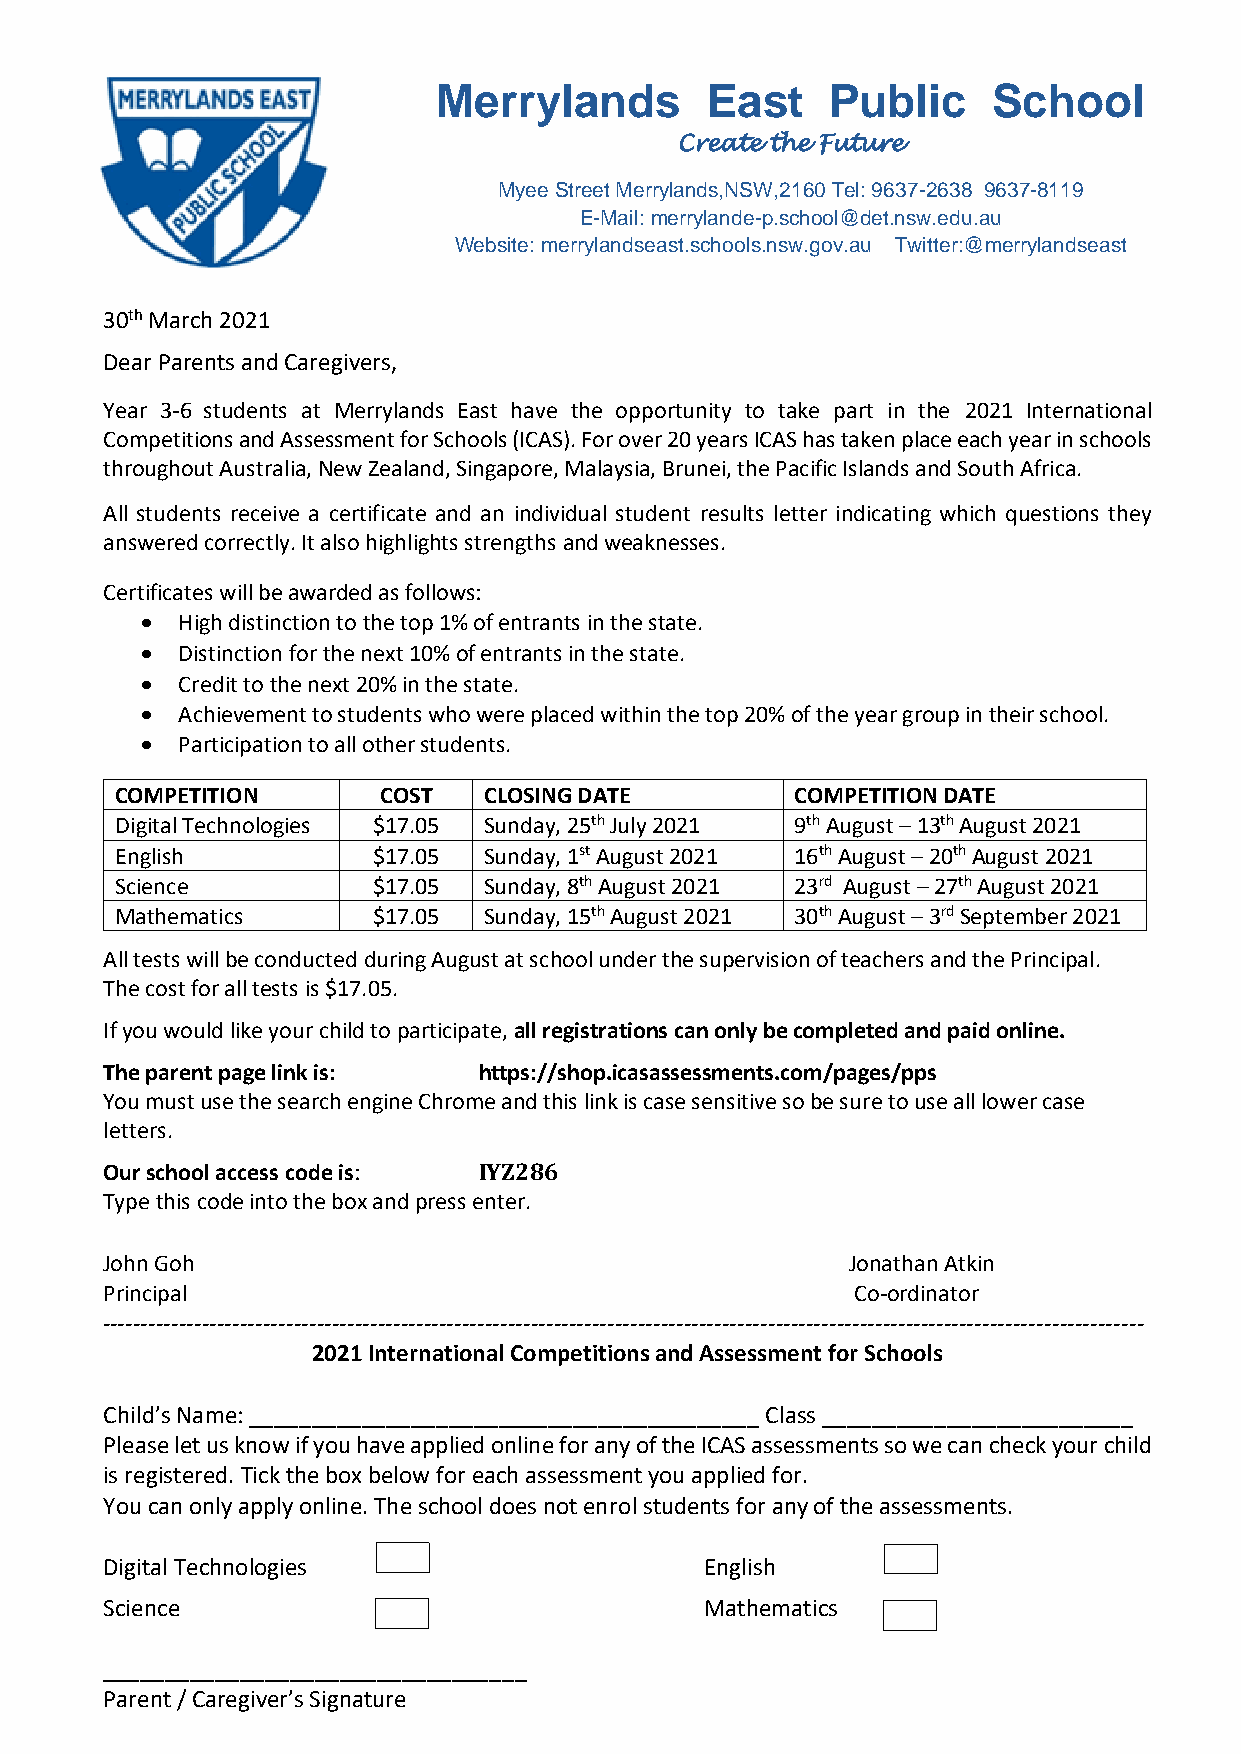
Merrylands        East    Public     School
 Create the Future
 Myee Street Merrylands,NSW,2160 Tel: 9637-2638 9637-8119
 E-Mail: merrylande-p.school@det.nsw.edu.au
 Website: merrylandseast.schools.nsw.gov.au Twitter:@merrylandseast
 30th March 2021
 Dear Parents and Caregivers,
 Year 3-6 students at Merrylands East have the opportunity to take part in the 2021 International
 Competitions and Assessment for Schools (ICAS). For over 20 years ICAS has taken place each year in schools
 throughout Australia, New Zealand, Singapore, Malaysia, Brunei, the Pacific Islands and South Africa.
 All students receive a certificate and an individual student results letter indicating which questions they
 answered correctly. It also highlights strengths and weaknesses.
 Certificates will be awarded as follows:
 •  High distinction to the top 1% of entrants in the state.
 •  Distinction for the next 10% of entrants in the state.
 •  Credit to the next 20% in the state.
 •  Achievement to students who were placed within the top 20% of the year group in their school.
 •  Participation to all other students.
 COMPETITION      COST   CLOSING DATE         COMPETITION DATE
 Digital Technologies $17.05 Sunday, 25th July 2021 9th August – 13th August 2021
 English          $17.05 Sunday, 1st August 2021 16th August – 20th August 2021
 Science          $17.05 Sunday, 8th August 2021 23rd August – 27th August 2021
 Mathematics      $17.05 Sunday, 15th August 2021 30th August – 3rd September 2021
 All tests will be conducted during August at school under the supervision of teachers and the Principal.
 The cost for all tests is $17.05.
 If you would like your child to participate, all registrations can only be completed and paid online.
 The parent page link is: https://shop.icasassessments.com/pages/pps
 You must use the search engine Chrome and this link is case sensitive so be sure to use all lower case
 letters.
 Our school access code is: IYZ286
 Type this code into the box and press enter.
 John Goh                                         Jonathan Atkin
 Principal                                         Co-ordinator
 ----------------------------------------------------------------------------------------------------------------------------------------
 2021 International Competitions and Assessment for Schools
 Child’s Name: _________________________________________ Class _________________________
 Please let us know if you have applied online for any of the ICAS assessments so we can check your child
 is registered. Tick the box below for each assessment you applied for.
 You can only apply online. The school does not enrol students for any of the assessments.
 Digital Technologies                    English
 Science                                 Mathematics
 __________________________________
 Parent / Caregiver’s Signature